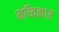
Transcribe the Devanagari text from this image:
मच्विकार